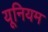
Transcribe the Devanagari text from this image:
यूनियम